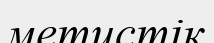
метистік